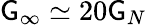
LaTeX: \mathsf{G}_{\infty}\simeq20\mathsf{G}_{N}